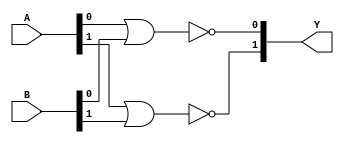
module NOR(
	input [1:0 ]A, B,
	output reg [1:0] Y
);

always @*
begin
    Y[0] = ~(A[0] || B[0]);
    Y[1] = ~(A[1] || B[1]);
end

endmodule